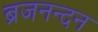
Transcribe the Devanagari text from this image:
ब्रजनन्दन